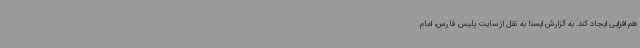
هم افزایی ایجاد کند. به گزارش ایسنا به نقل از سایت پلیس فارس، امام